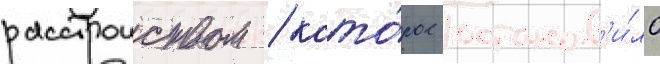
расстроиством / кото́рое останов'и́ло